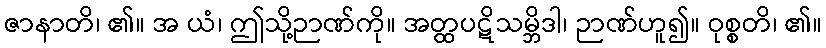
ဇာနာတိ၊ ၏။ အ ယံ၊ ဤသို့ဉာဏ်ကို။ အတ္ထပဋိသမ္ဘိဒါ၊ ဉာဏ်ဟူ၍။ ဝုစ္စတိ၊ ၏။